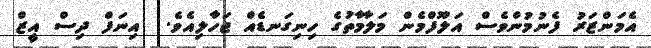
އެމަންޒަރު ފެނުމުންވެސް އަލޫފްމެން މަލާމާތުގެ ހިނިގަނޑެއް ޖަހާލިއެވެ.  އިނަފް ދިސް އީޒް